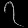
Digit: ၇